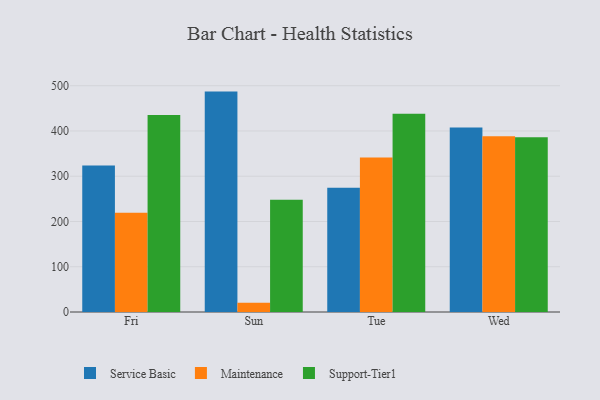
{"axis": {"x": "Day", "y": "Latency (ms)"}, "legend": ["Maintenance", "Service Basic", "Support-Tier1"], "data": [{"x": "Fri", "y": 323.5, "type": "Service Basic"}, {"x": "Fri", "y": 219.5, "type": "Maintenance"}, {"x": "Fri", "y": 435.3, "type": "Support-Tier1"}, {"x": "Sun", "y": 487.0, "type": "Service Basic"}, {"x": "Sun", "y": 20.5, "type": "Maintenance"}, {"x": "Sun", "y": 248.2, "type": "Support-Tier1"}, {"x": "Tue", "y": 274.7, "type": "Service Basic"}, {"x": "Tue", "y": 341.6, "type": "Maintenance"}, {"x": "Tue", "y": 438.3, "type": "Support-Tier1"}, {"x": "Wed", "y": 407.9, "type": "Service Basic"}, {"x": "Wed", "y": 388.6, "type": "Maintenance"}, {"x": "Wed", "y": 386.1, "type": "Support-Tier1"}]}